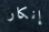
إنكار